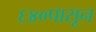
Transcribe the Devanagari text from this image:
६४०पासून